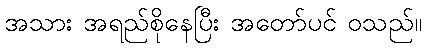
အသား အရည်စိုနေပြီး အတော်ပင် ဝသည်။